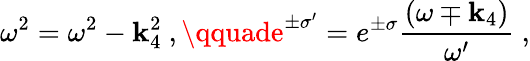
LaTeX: \omega^{2}=\omega^{2}-\mathbf{k}_{4}^{2}\ ,\qquade^{\pm\sigma^{\prime}}=e^{\pm\sigma}{\frac{{(\omega\mp\mathbf{k}_{4})}}{{\omega^{\prime}}}}\ ,